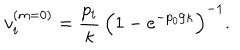
v _ { i } ^ { ( m = 0 ) } = \frac { p _ { i } } \kappa \, \left( 1 - e ^ { - { p _ { 0 } } / \kappa } \right) ^ { - 1 } .